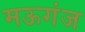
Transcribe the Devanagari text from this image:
मऊगंज